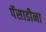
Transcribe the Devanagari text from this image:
पॅसाडीना